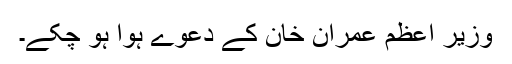
وزیر اعظم عمران خان کے دعوے ہوا ہو چکے۔